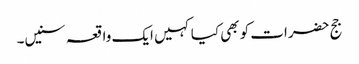
جج حضرات کو بھی کیا کہیں ایک واقعہ سنیں۔